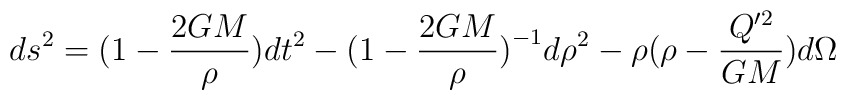
ds^2 = \bigl(1 - \frac{2GM}{\rho}\bigr) dt^2 - \bigl(1 -\frac{2GM}{\rho}\bigr)^{-1} d\rho^2 - \rho \bigl(\rho - \frac{Q'^2}{GM}\bigr)d\Omega